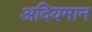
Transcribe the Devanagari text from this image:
अदियमान